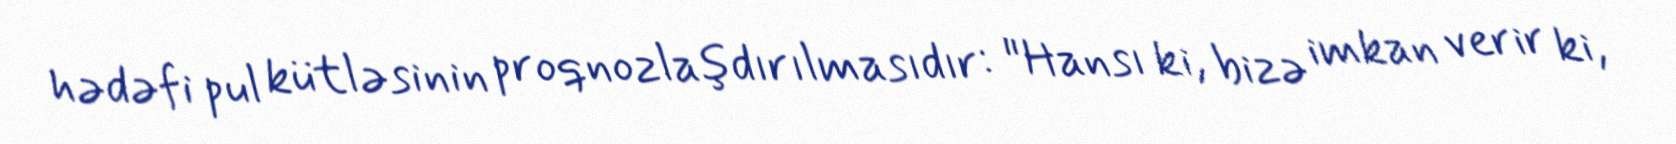
hədəfi pul kütləsinin proqnozlaşdırılmasıdır: "Hansı ki, bizə imkan verir ki,